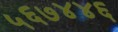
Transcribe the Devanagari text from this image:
५६७४४६